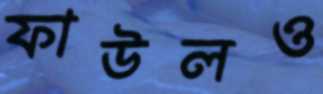
ফাউলও